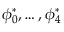
\phi _ { 0 } ^ { * } , \dots , \phi _ { 4 } ^ { * }